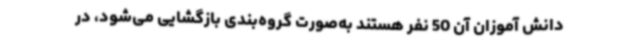
دانش آموزان آن 50 نفر هستند به‌صورت گروه‌بندی بازگشایی می‌شود، در